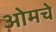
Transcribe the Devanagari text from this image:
ओमचे